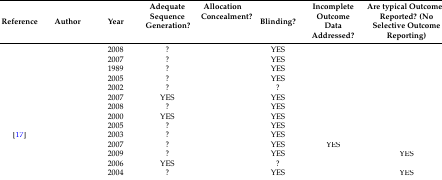
<table><thead><tr><td><b>Reference </b></td><td><b>Author</b></td><td><b>Year</b></td><td><b>Adequate Sequence Generation?</b></td><td><b>Allocation Concealment?</b></td><td><b>Blinding?</b></td><td><b>Incomplete Outcome Data Addressed?</b></td><td><b>Are typical Outcomes Reported? (No Selective Outcome Reporting)</b></td></tr></thead><tbody><tr><td>[EMPTY_CELL]</td><td>[EMPTY_CELL]</td><td>2008</td><td>?</td><td>[EMPTY_CELL]</td><td>YES</td><td>[EMPTY_CELL]</td><td>[EMPTY_CELL]</td></tr><tr><td>[EMPTY_CELL]</td><td>[EMPTY_CELL]</td><td>2007</td><td>?</td><td>[EMPTY_CELL]</td><td>YES</td><td>[EMPTY_CELL]</td><td>[EMPTY_CELL]</td></tr><tr><td>[EMPTY_CELL]</td><td>[EMPTY_CELL]</td><td>1989</td><td>?</td><td>[EMPTY_CELL]</td><td>YES</td><td>[EMPTY_CELL]</td><td>[EMPTY_CELL]</td></tr><tr><td>[EMPTY_CELL]</td><td>[EMPTY_CELL]</td><td>2005</td><td>?</td><td>[EMPTY_CELL]</td><td>YES</td><td>[EMPTY_CELL]</td><td>[EMPTY_CELL]</td></tr><tr><td>[EMPTY_CELL]</td><td>[EMPTY_CELL]</td><td>2002</td><td>?</td><td>[EMPTY_CELL]</td><td>?</td><td>[EMPTY_CELL]</td><td>[EMPTY_CELL]</td></tr><tr><td>[EMPTY_CELL]</td><td>[EMPTY_CELL]</td><td>2007</td><td>YES</td><td>[EMPTY_CELL]</td><td>YES</td><td>[EMPTY_CELL]</td><td>[EMPTY_CELL]</td></tr><tr><td>[EMPTY_CELL]</td><td>[EMPTY_CELL]</td><td>2008</td><td>?</td><td>[EMPTY_CELL]</td><td>YES</td><td>[EMPTY_CELL]</td><td>[EMPTY_CELL]</td></tr><tr><td>[EMPTY_CELL]</td><td>[EMPTY_CELL]</td><td>2000</td><td>YES</td><td>[EMPTY_CELL]</td><td>YES</td><td>[EMPTY_CELL]</td><td>[EMPTY_CELL]</td></tr><tr><td>[EMPTY_CELL]</td><td>[EMPTY_CELL]</td><td>2005</td><td>?</td><td>[EMPTY_CELL]</td><td>YES</td><td>[EMPTY_CELL]</td><td>[EMPTY_CELL]</td></tr><tr><td>[17]</td><td>[EMPTY_CELL]</td><td>2003</td><td>?</td><td>[EMPTY_CELL]</td><td>YES</td><td>[EMPTY_CELL]</td><td>[EMPTY_CELL]</td></tr><tr><td>[EMPTY_CELL]</td><td>[EMPTY_CELL]</td><td>2007</td><td>?</td><td>[EMPTY_CELL]</td><td>YES</td><td>YES</td><td>[EMPTY_CELL]</td></tr><tr><td>[EMPTY_CELL]</td><td>[EMPTY_CELL]</td><td>2009</td><td>?</td><td>[EMPTY_CELL]</td><td>YES</td><td>[EMPTY_CELL]</td><td>YES</td></tr><tr><td>[EMPTY_CELL]</td><td>[EMPTY_CELL]</td><td>2006</td><td>YES</td><td>[EMPTY_CELL]</td><td>?</td><td>[EMPTY_CELL]</td><td>[EMPTY_CELL]</td></tr><tr><td>[EMPTY_CELL]</td><td>[EMPTY_CELL]</td><td>2004</td><td>?</td><td>[EMPTY_CELL]</td><td>YES</td><td>[EMPTY_CELL]</td><td>YES</td></tr></tbody></table>